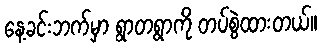
နေ့ခင်းဘက်မှာ ရွာတရွာကို တပ်စွဲထားတယ်။